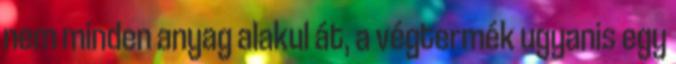
nem minden anyag alakul át, a végtermék ugyanis egy